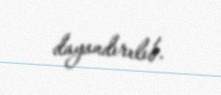
dayandırılıb.